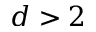
d > 2